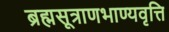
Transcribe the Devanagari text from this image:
ब्रह्मसूत्राणभाण्यवृत्ति